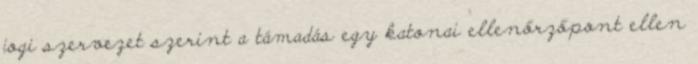
jogi szervezet szerint a támadás egy katonai ellenőrzőpont ellen